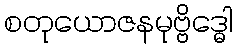
စတုယောဇနမုဗ္ဗိဒ္ဓေါ